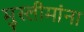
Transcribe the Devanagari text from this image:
मुस्लीमांना